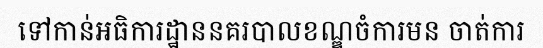
ទៅកាន់អធិការដ្ឋាននគរបាលខណ្ឌចំការមន ចាត់ការ